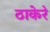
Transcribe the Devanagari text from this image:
ठाकेरे